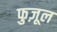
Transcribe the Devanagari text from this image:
फुज़ूल